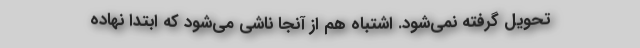
تحویل گرفته نمی‌شود. اشتباه هم از آنجا ناشی می‌شود که ابتدا‌ نهاده